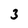
Character: 3